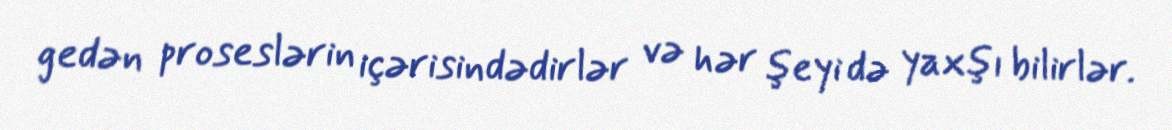
gedən proseslərin içərisindədirlər və hər şeyi də yaxşı bilirlər.